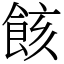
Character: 䬵